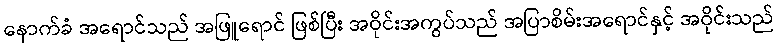
နောက်ခံ အရောင်သည် အဖြူရောင် ဖြစ်ပြီး အဝိုင်းအကွပ်သည် အပြာစိမ်းအရောင်နှင့် အဝိုင်းသည်